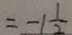
= - 1 \frac { 1 } { 2 }